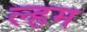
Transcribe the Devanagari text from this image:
ल्हम